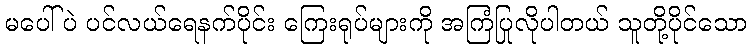
မပေါ်ပဲ ပင်လယ်ရေနက်ပိုင်း ကြေးရုပ်များကို အကြံပြုလိုပါတယ် သူတို့ပိုင်သော